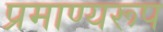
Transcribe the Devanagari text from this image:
प्रमाण्यरूप